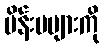
မိန်းမများကို